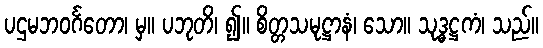
ပဌမဘဝင်္ဂတော၊ မှ။ ပဘုတိ၊ ၍။ စိတ္တသမုဋ္ဌာနံ၊ သော။ သုဒ္ဓဋ္ဌကံ၊ သည်။